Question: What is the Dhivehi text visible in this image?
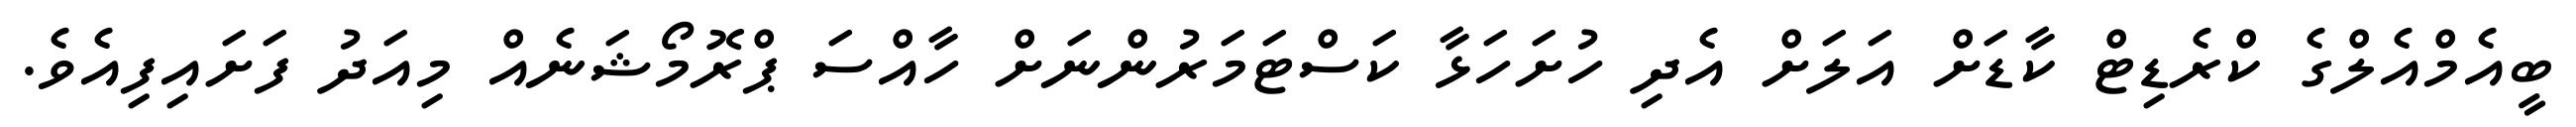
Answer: ބީއެމްއެލްގެ ކްރެޑިޓް ކާޑަށް އަލަށް އެދި ހުށަހަޅާ ކަސްޓަމަރުންނަށް ހާއްސަ ޕްރޮމޯޝަނެއް މިއަދު ފަށައިފިއެވެ.